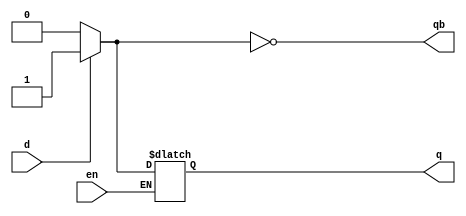
`timescale 1ns / 1ps
//////////////////////////////////////////////////////////////////////////////////
// Company: 
// Engineer: 
// 
// Design Name: 
// Module Name:    d_latchbh 
// Project Name: 
// Target Devices: 
// Tool versions: 
// Description: 
//
// Dependencies: 
//
// Revision: 
// Revision 0.01 - File Created
// Additional Comments: 
//
//////////////////////////////////////////////////////////////////////////////////
module d_latchbh(
    input d,en,
    output reg q,qb
    );
	
	 always@(*)
	 begin
		if(en)
			begin
				if(d) q=1;
				else  q=0;
			end
		else q=q;
		qb=~q;
	 end

endmodule